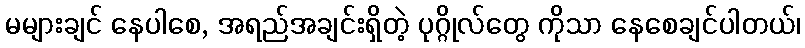
မများချင် နေပါစေ, အရည်အချင်းရှိတဲ့ ပုဂ္ဂိုလ်တွေ ကိုသာ နေစေချင်ပါတယ်၊